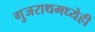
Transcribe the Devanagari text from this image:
गुजराथमध्येही